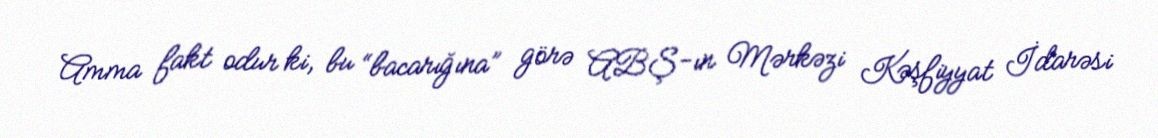
Amma fakt odur ki, bu “bacarığına” görə ABŞ-ın Mərkəzi Kəşfiyyat İdarəsi